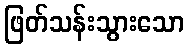
ဖြတ်သန်းသွားသော